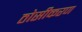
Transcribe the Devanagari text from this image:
ठोसीकरण